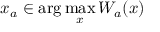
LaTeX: x _ { a } \in \arg \operatorname* { m a x } _ { x } W _ { a } ( x )